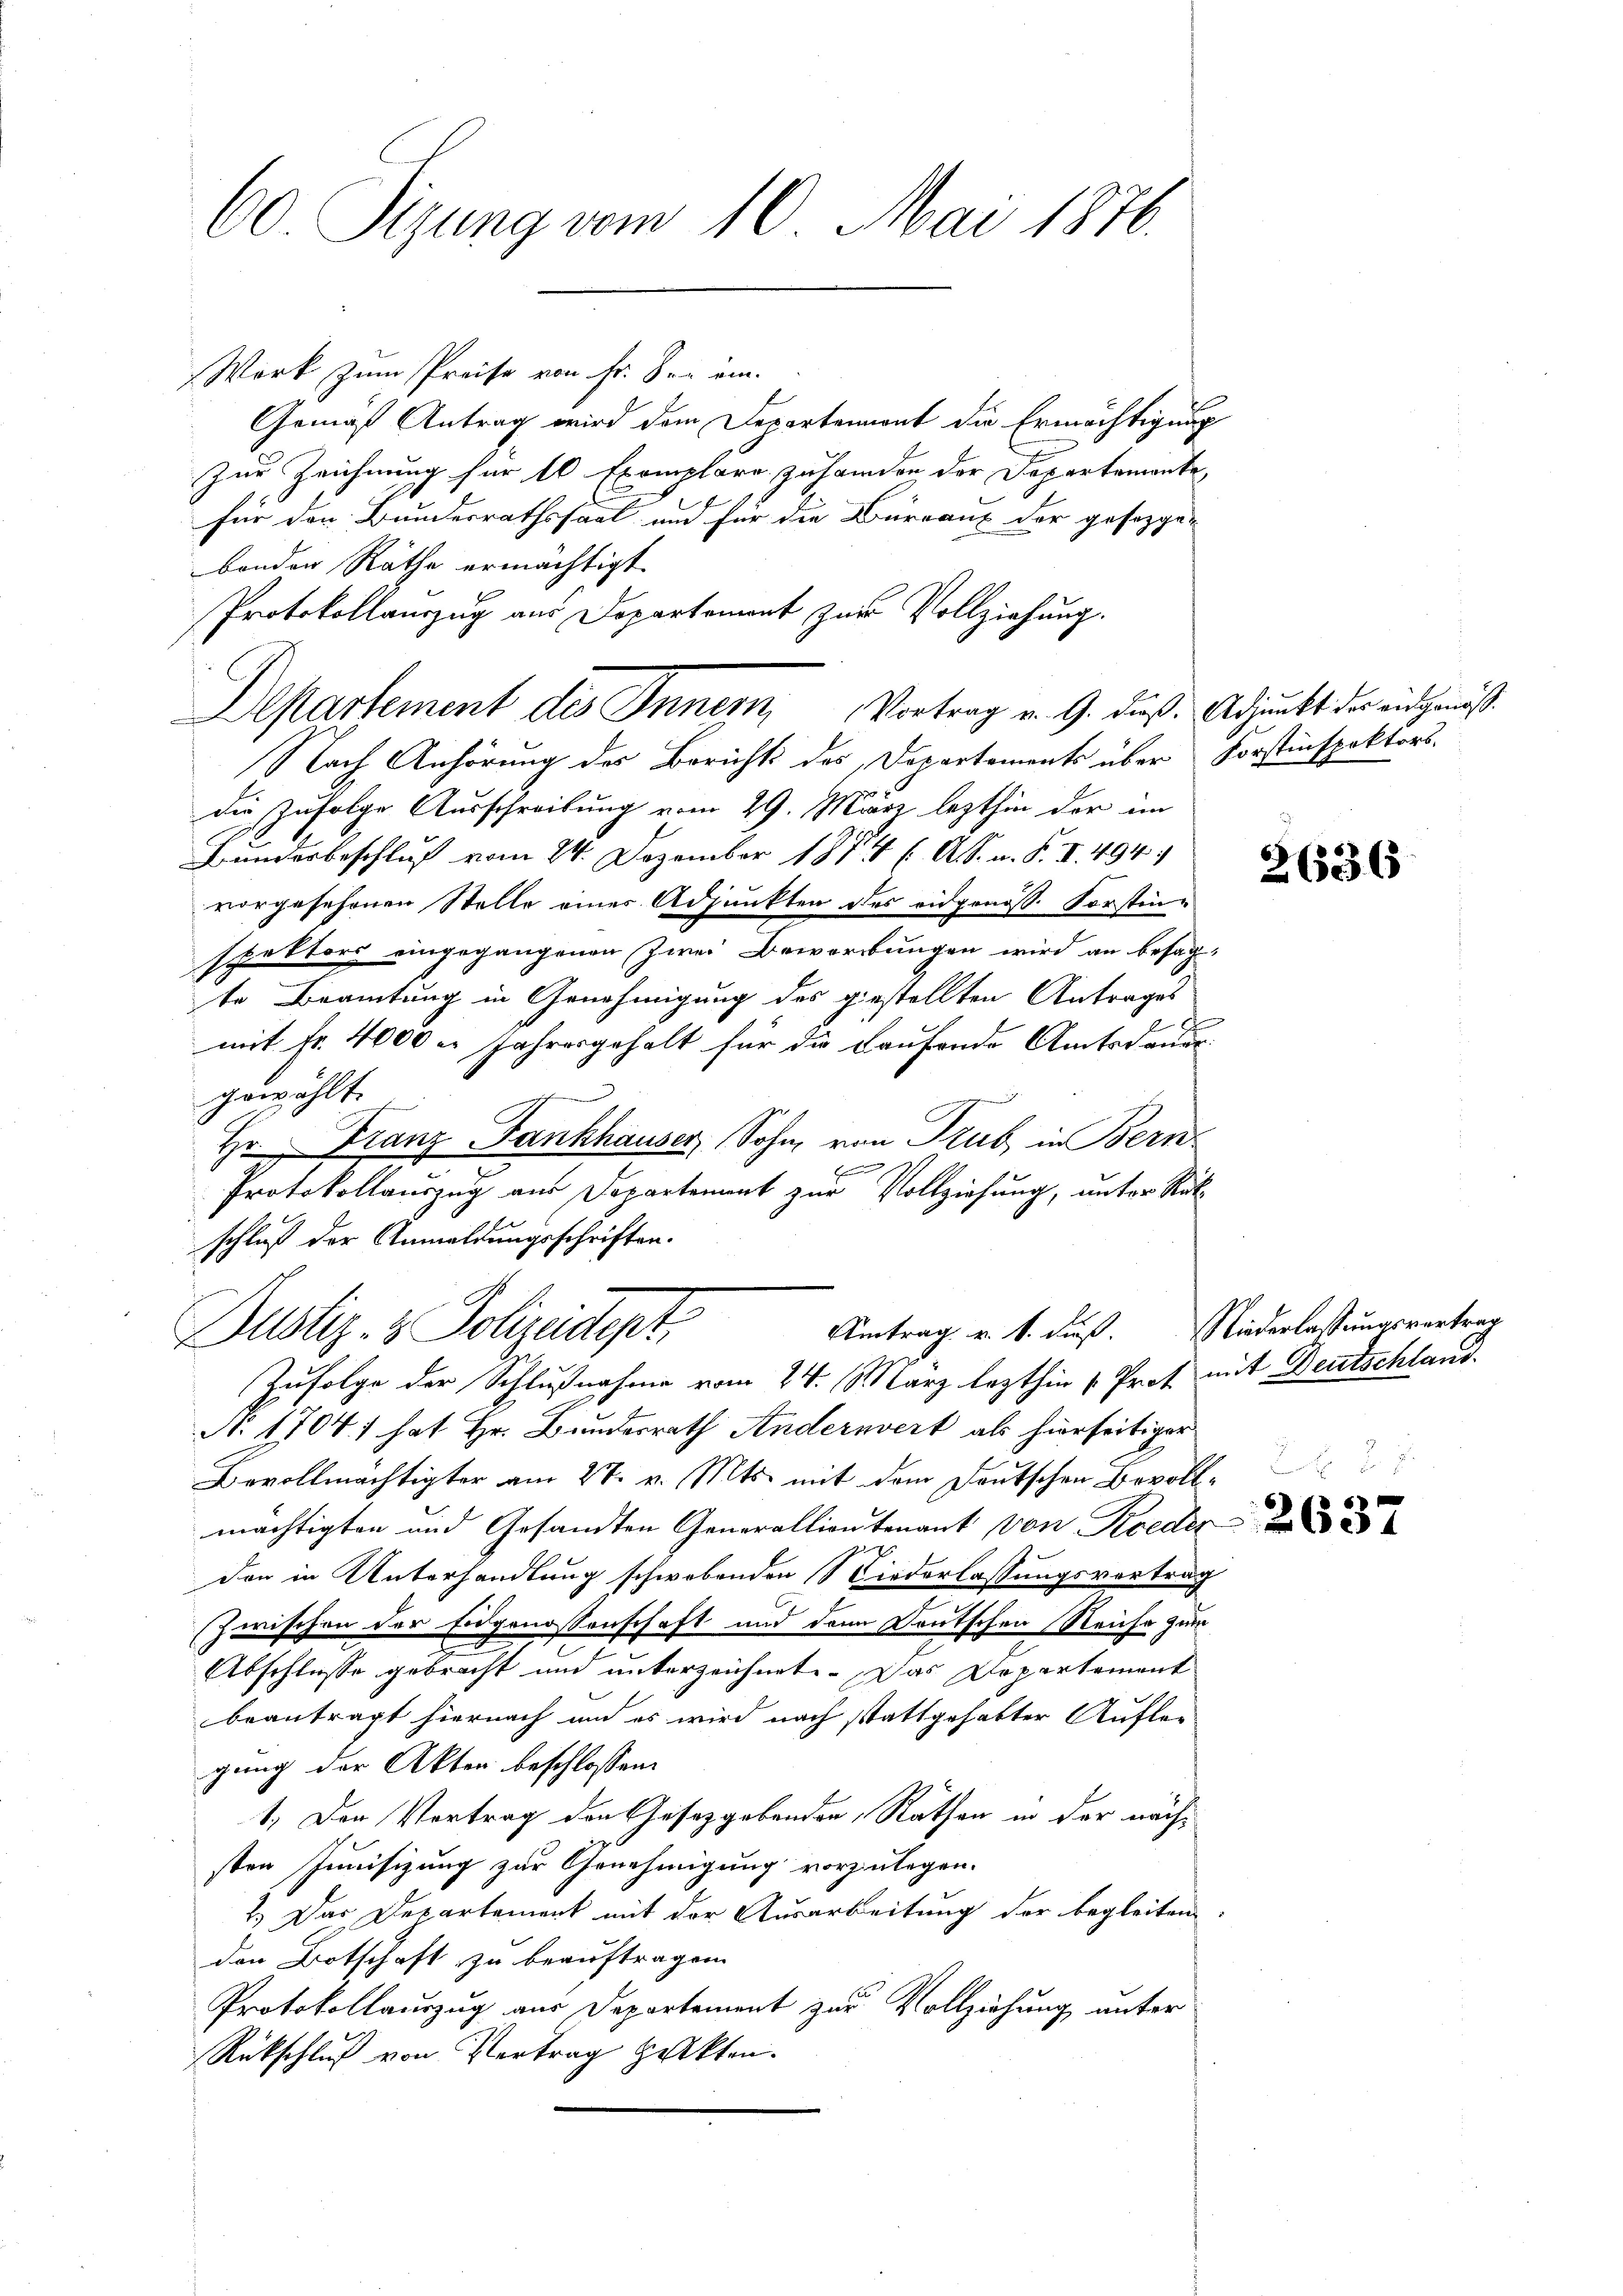
60 Sizung vom 10. Mai 1876.

Werk zum Preise von fr. der ein-
Gemäß Antrag wird dem Departement die Ermächtigung
Zur Zeichnung für 10 Exemplare zu handen der Departementefür den Bundesrathssaal und für die Büreaux der gesezge-
bonden Räthe ermächtigt.
Nach Anhörung des Berichts des Dopartements über Forstinspektors
die Zufolge Ausschreibung vom 29. März lezthin der im
Bunderbeschluß vom 24. Dezember 1854 ( A.S. n. F. II. 494.
vorgesehenen Stelle eines Adjunkten des eidgenöss. Forstinspektors eingegangenen Zwei Bewerbungen wird an besagte Beamtung in Genehmigung des gestellten Antrages
8
mit Fr. 4000 l. Jahresgehalt für die Kaufondo Amtsdauergewählt.
Hr. Franz Fankhauser, Sohn, von Trub, in Bern

Protokollauszug aus Departement zur Vollziehung, unter Rükschluß der Anmeldungsschriften.
Amtrag v. 1. Fuß.
Dustiz- & Polizeidept,
Zufolge der Schlußnahme vom 24. März lezthin 1. Prot mit Deutschland.
A. 1704) hat Hr. Bundesrath Andernvert als hierseitiger
Bevollmächtigter am 27. v. Mts. mit dem Deutschen Bevollmächtigten und Gesandten Generallientenant von Rieder
d
den in Unterhandlung schwebenden Niederlassungsvortrag
Zwischen der Eidgenossenschaft und den Deutschen Reiche zum
Abschlusse gebracht und unterzeichnete. Das Departement
beantragt hiernach und es wird nach stattgehabter Aufle-
gung der Akten beschlossen:
1. Den Vortrag den Gesetzgebenden Räthen in der nächsten Junisizung zur Genehmigung vorzulegen.
2.) Das Departement mit der Ausarbeitung der begleiten.
den Botschaft zu beauftragen.
Protokollauszug aus Departement zur Vollziehung unter
Rückschluß von Vertrag gekten.

Protokollauszug aus Departement zur Vollziehung.
Departement des Inner, Vortrag u. G. dieß. Adjunkt der eidgenöß¬

2636

Niederlassungsvortrag